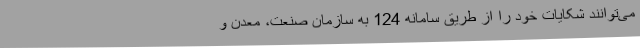
می‌توانند شکایات خود را از طریق سامانه 124 به سازمان صنعت، معدن و